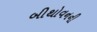
બીથોવનની